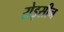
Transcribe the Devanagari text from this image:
रोइसीन